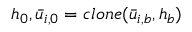
h _ { 0 } , \bar { u } _ { i , 0 } = c l o n e ( \bar { u } _ { i , b } , h _ { b } )